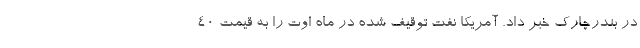
در بندرچارک خبر داد. آمریکا نفت توقیف شده در ماه اوت را به قیمت ۴۰